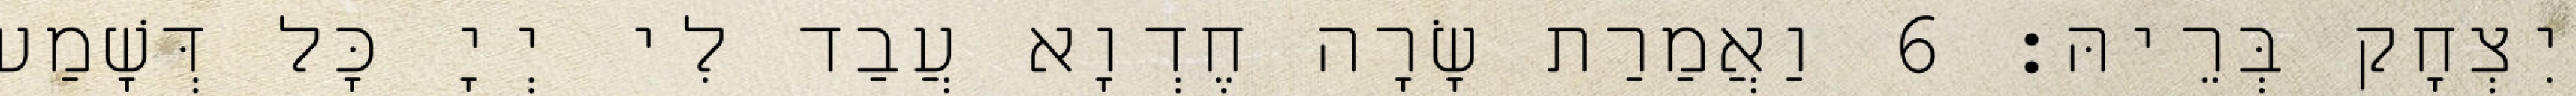
יִצְחָק בְּרֵיהּ׃ 6 וַאֲמַרַת שָׂרָה חֶדְוָא עֲבַד לִי יְיָ כָּל דְּשָׁמַע